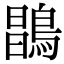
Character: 𪂇